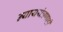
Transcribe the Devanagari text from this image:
न्याययंत्रणाही